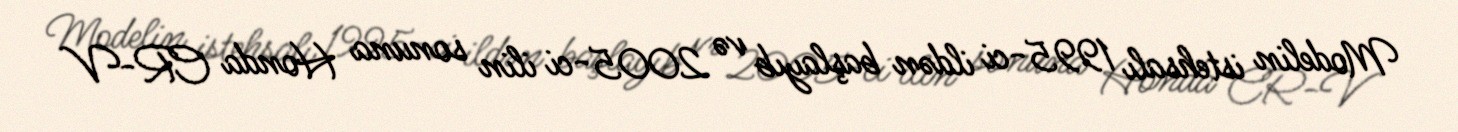
Modelin istehsalı 1995-ci ildən başlayıb və 2005-ci ilin sonuna Honda CR-V